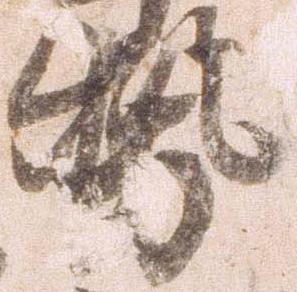
勢